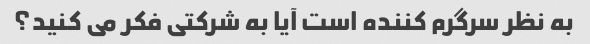
به نظر سرگرم کننده است آیا به شرکتی فکر می کنید؟